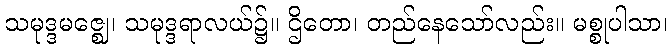
သမုဒ္ဒမဇ္ဈေ၊ သမုဒ္ဒရာလယ်၌။ ဌိတော၊ တည်နေသော်လည်း။ မစ္စုပါသာ၊